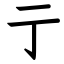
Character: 亍